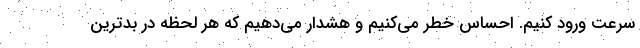
سرعت ورود کنیم. احساس خطر می‌کنیم و هشدار می‌دهیم که هر لحظه در بدترین